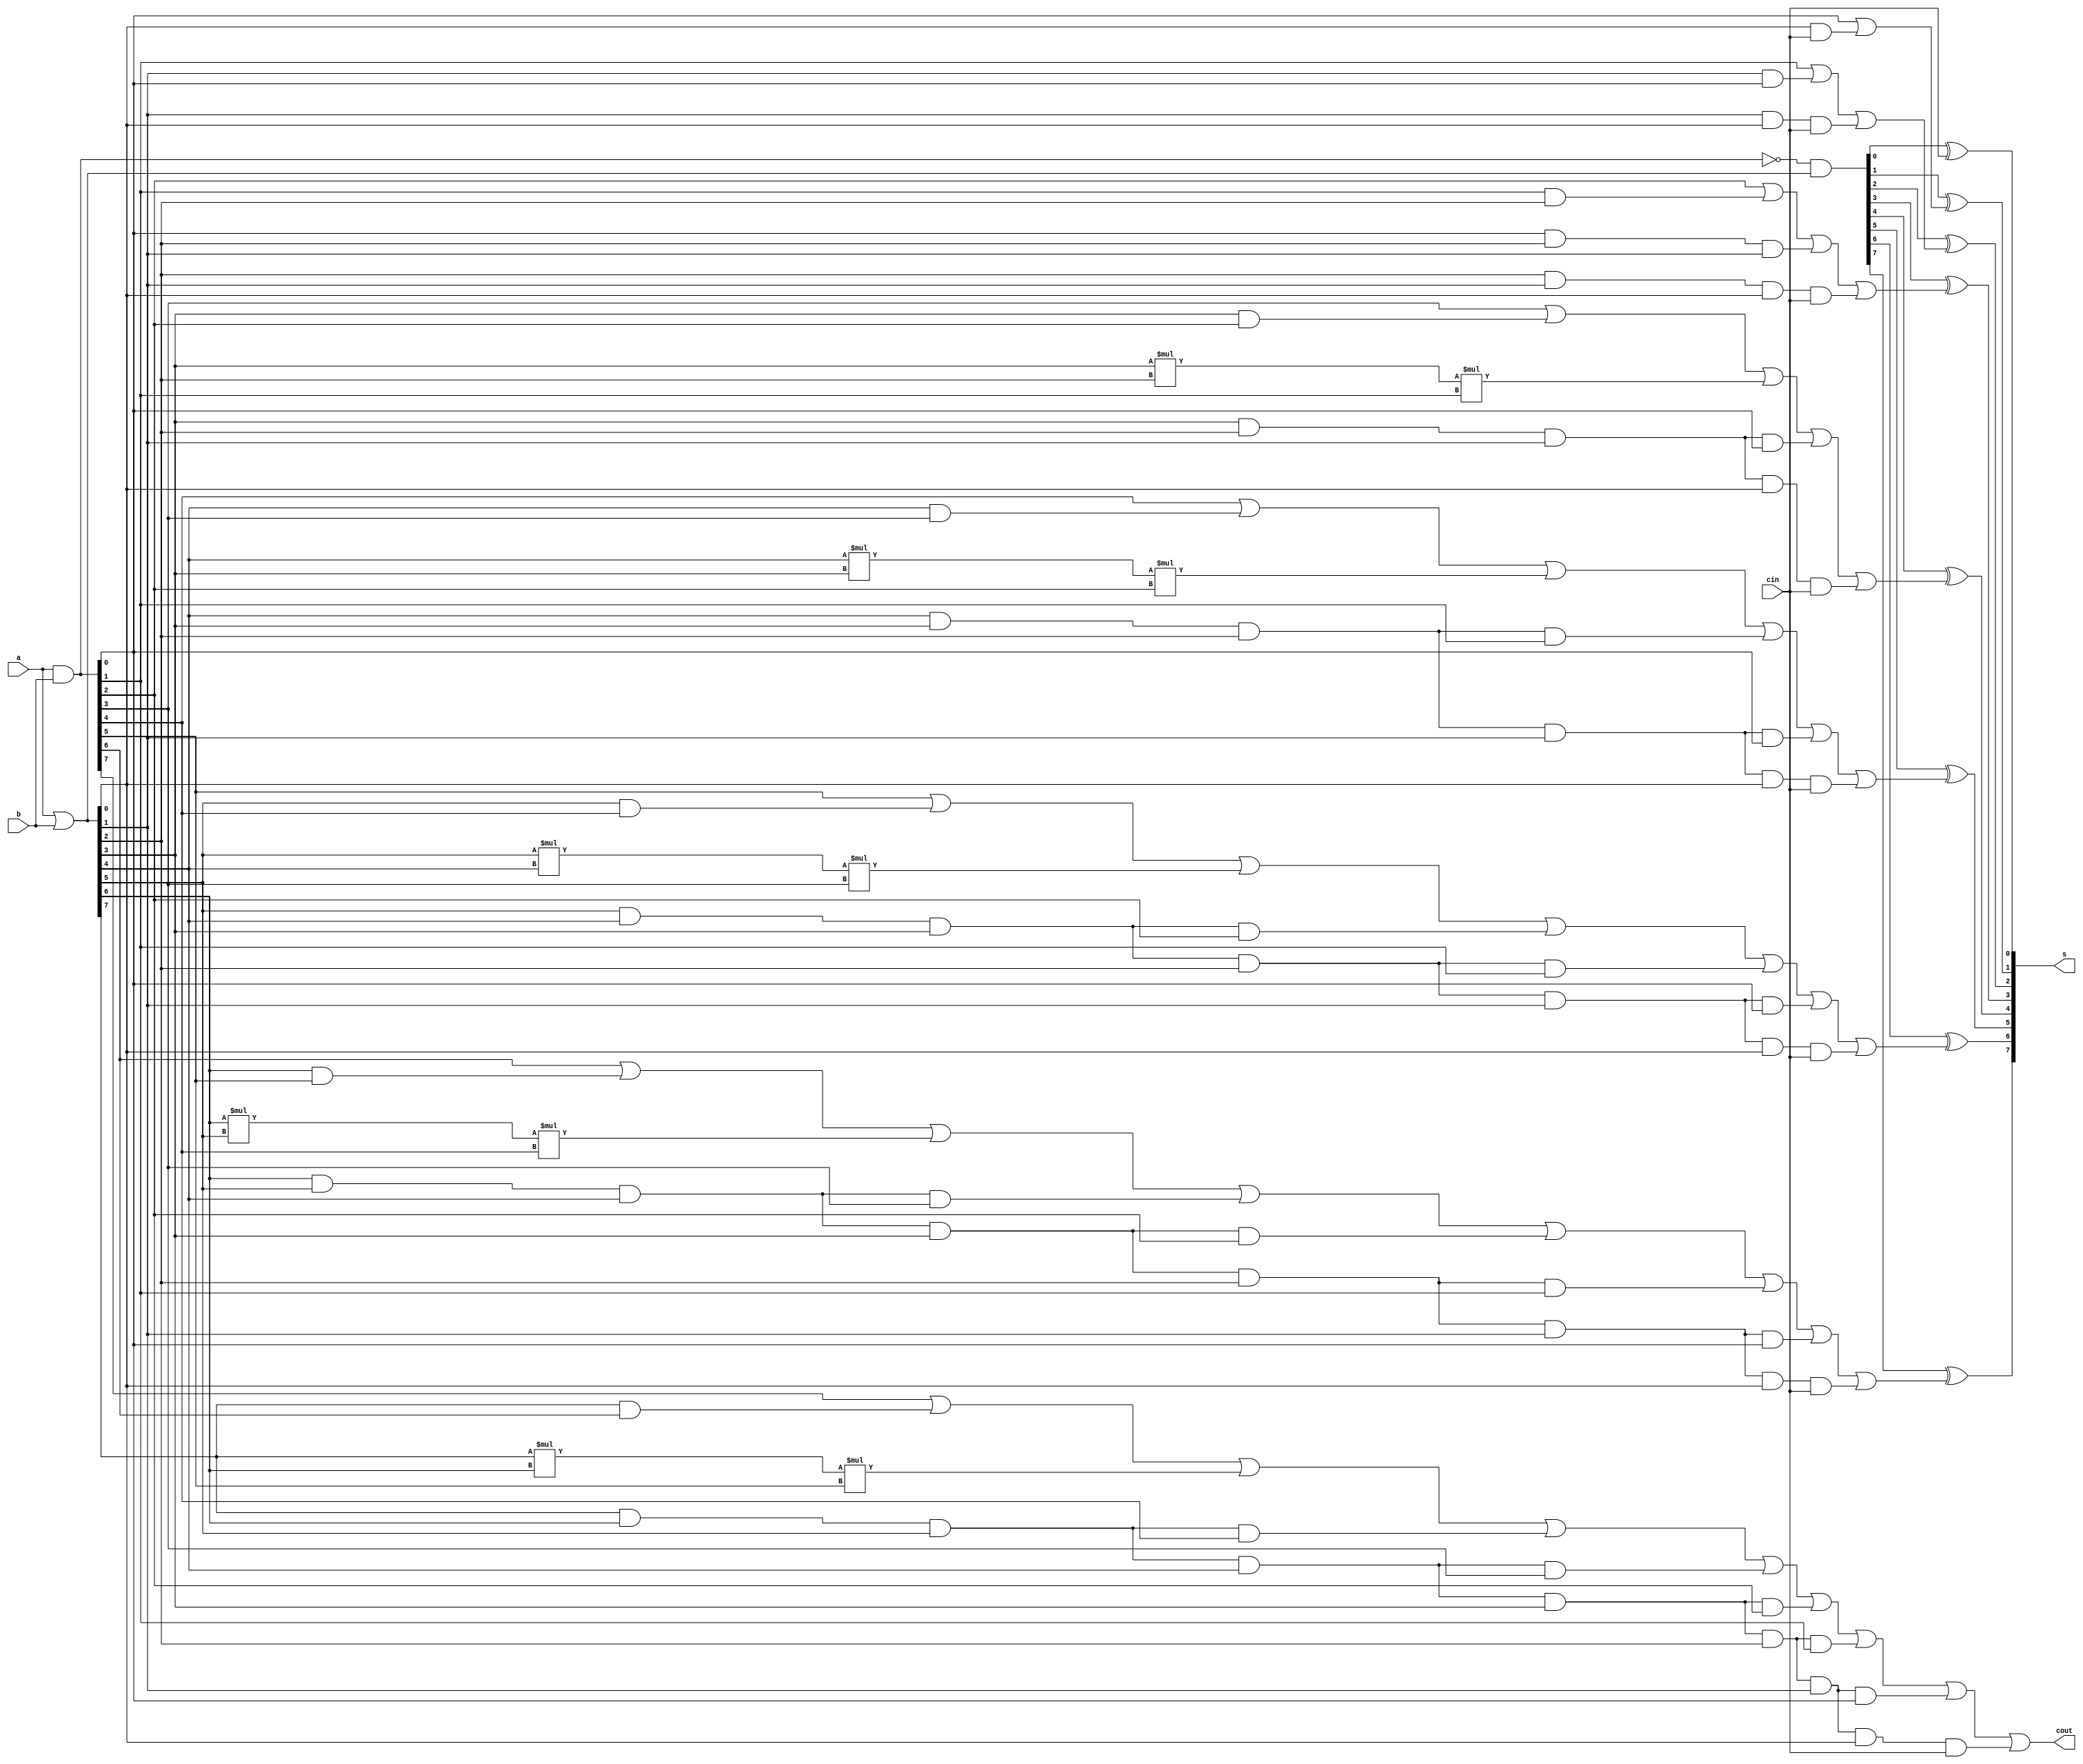

/* ACM Class System (I) Fall Assignment 1 
 *
 * Implement your naive adder here
 * 
 * GUIDE:
 *   1. Create a RTL project in Vivado
 *   2. Put this file into `Sources'
 *   3. Put `test_adder.v' into `Simulation Sources'
 *   4. Run Behavioral Simulation
 *   5. Make sure to run at least 100 steps during the simulation (usually 100ns)
 *   6. You can see the results in `Tcl console'
 *
 */

module adder_8bit (
	input [7:0] a, 
	input [7:0] b, 
	input cin, 
	output [7:0] s, 
	output cout
);
	wire [7:0] g;
	wire [7:0] p;
	wire [7:0] c;
	wire [7:0] t;

	assign g = a & b;
	assign p = a | b;
	assign t = ~g&p;
	assign cout = c[7];
	
	assign c[0] = g[0] | p[0] & cin;
	assign c[1] = g[1] | p[1] & g[0] | p[1] & p[0] & cin;
	assign c[2] = g[2] | g[1]&p[2] | g[0]&p[2]&p[1] | p[2]&p[1]&p[0]&cin;
	assign c[3] = g[3] | p[3]&g[2] | p[3]*p[2]*g[1] | p[3]&p[2]&p[1]&g[0] | p[3]&p[2]&p[1]&p[0]&cin;
	assign c[4] = g[4] | p[4]&g[3] | p[4]*p[3]*g[2] | p[4]&p[3]&p[2]&g[1] | p[4]&p[3]&p[2]&p[1]&g[0] | p[4]&p[3]&p[2]&p[1]&p[0]&cin;
	assign c[5] = g[5] | p[5]&g[4] | p[5]*p[4]*g[3] | p[5]&p[4]&p[3]&g[2] | p[5]&p[4]&p[3]&p[2]&g[1] | p[5]&p[4]&p[3]&p[2]&p[1]&g[0] | p[5]&p[4]&p[3]&p[2]&p[1]&p[0]&cin;
	assign c[6] = g[6] | p[6]&g[5] | p[6]*p[5]*g[4] | p[6]&p[5]&p[4]&g[3] | p[6]&p[5]&p[4]&p[3]&g[2] | p[6]&p[5]&p[4]&p[3]&p[2]&g[1] | p[6]&p[5]&p[4]&p[3]&p[2]&p[1]&g[0] | p[6]&p[5]&p[4]&p[3]&p[2]&p[1]&p[0]&cin;
	assign c[7] = g[7] | p[7]&g[6] | p[7]*p[6]*g[5] | p[7]&p[6]&p[5]&g[4] | p[7]&p[6]&p[5]&p[4]&g[3] | p[7]&p[6]&p[5]&p[4]&p[3]&g[2] | p[7]&p[6]&p[5]&p[4]&p[3]&p[2]&g[1] | p[7]&p[6]&p[5]&p[4]&p[3]&p[2]&p[1]&g[0] | p[7]&p[6]&p[5]&p[4]&p[3]&p[2]&p[1]&p[0]&cin;

	assign s[0] = t[0]^cin;
	assign s[1] = t[1]^c[0];
	assign s[2] = t[2]^c[1];
	assign s[3] = t[3]^c[2];
	assign s[4] = t[4]^c[3];
	assign s[5] = t[5]^c[4];
	assign s[6] = t[6]^c[5];
	assign s[7] = t[7]^c[6];

endmodule

module adder_32bit (input [31:0] a, input [31:0] b, input cin, output [31:0] s, output c);
	wire [3:0] carry;

	adder_8bit Adder0 (a[7:0], b[7:0], cin, s[7:0], carry[0]);
	adder_8bit Adder1 (a[15:8], b[15:8], carry[0], s[15:8], carry[1]);
	adder_8bit Adder2 (a[23:16], b[23:16], carry[1], s[23:16], carry[2]);
	adder_8bit Adder3 (a[31:24], b[31:24], carry[2], s[31:24], carry[3]);

	assign c = carry[3];
endmodule

module adder(
	input [31:0] a,
	input [31:0] b,
	output reg [31:0] sum,
	output reg carry
);
	wire zero = 0;
	wire [31:0] s;
	wire c;
	adder_32bit Adder (a, b, zero, s, c);
	always @(*) begin
		sum <= s;
		carry <= c;
	end
	
endmodule